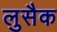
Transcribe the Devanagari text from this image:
लुसैक